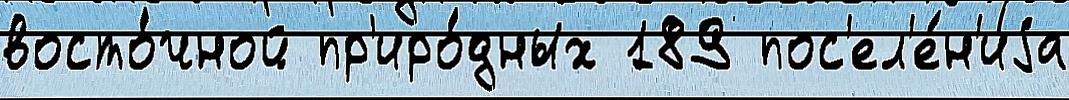
восто́чной пр'иро́дных 189 пос'ел'е́н'иjа